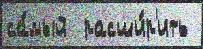
са́мый  расши́р'ить